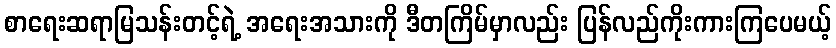
စာရေးဆရာမြသန်းတင့်ရဲ့ အရေးအသားကို ဒီတကြိမ်မှာလည်း ပြန်လည်ကိုးကားကြပေမယ့်